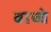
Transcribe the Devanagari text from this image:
बाच्चे